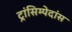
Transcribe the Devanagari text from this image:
ट्रांसिम्पेदांस